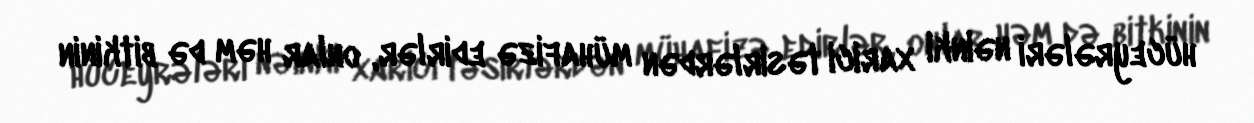
hüceyrələri nəinki xarici təsirlərdən mühafizə edirlər, onlar həm də bitkinin